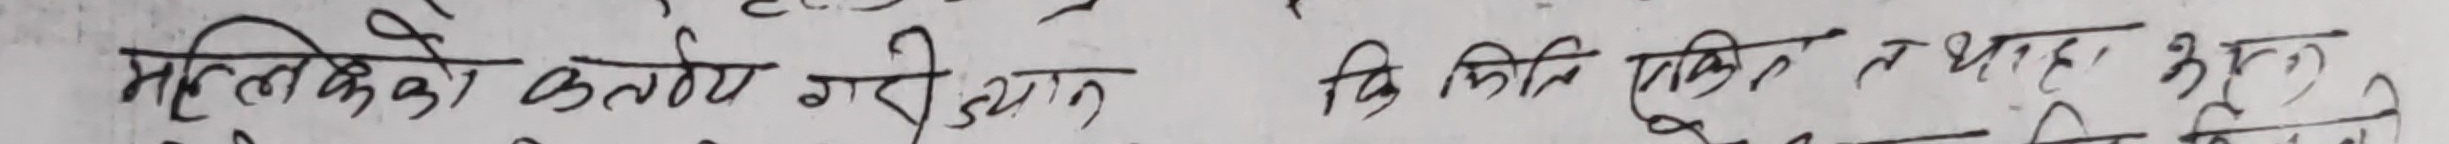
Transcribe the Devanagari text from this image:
मलिको कर्तव्य गरे ध्यान कि किती एक किन त थहा हुन